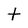
Character: t